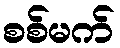
စစ်မက်